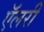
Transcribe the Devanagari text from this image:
ऍलरी